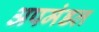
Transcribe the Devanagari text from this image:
अपमंडल